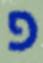
פ